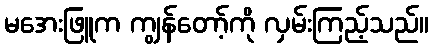
မအေးဖြူက ကျွန်တော့်ကို လှမ်းကြည့်သည်။